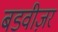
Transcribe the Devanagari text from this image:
बडवीज़र